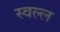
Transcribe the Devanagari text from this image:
स्वल्ल